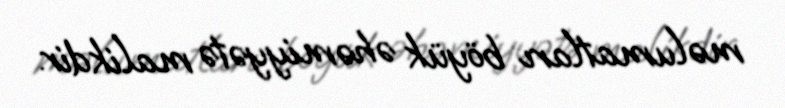
məlumatları böyük əhəmiyyətə malikdir.